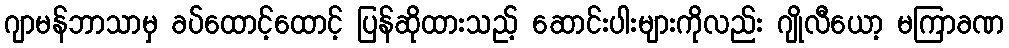
ဂျာမန်ဘာသာမှ ခပ်ထောင့်ထောင့် ပြန်ဆိုထားသည့် ဆောင်းပါးများကိုလည်း ဂျိုလီယော့ မကြာခဏ